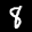
Label: 8